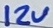
Text: 12V